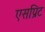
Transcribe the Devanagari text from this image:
एसप्रिट